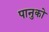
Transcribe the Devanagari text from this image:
पानुको